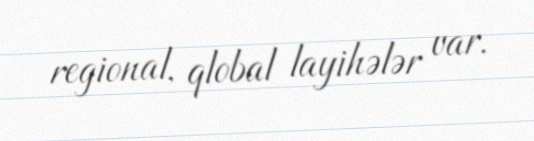
regional, qlobal layihələr var.